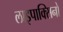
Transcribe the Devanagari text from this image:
लाइपाक्सिनों